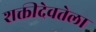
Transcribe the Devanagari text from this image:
शक्तीदेवतेला